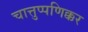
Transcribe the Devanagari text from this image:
चात्तुप्पणिक्कर